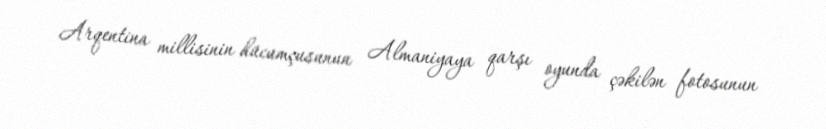
Arqentina millisinin hücumçusunun Almaniyaya qarşı oyunda çəkilən fotosunun